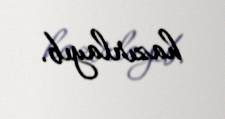
hazırlayıb.